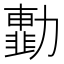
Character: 𠢾